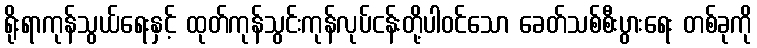
ရိုးရာကုန်သွယ်ရေးနှင့် ထုတ်ကုန်သွင်းကုန်လုပ်ငန်းတို့ပါဝင်သော ခေတ်သစ်စီးပွားရေး တစ်ခုကို